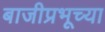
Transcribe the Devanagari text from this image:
बाजीप्रभूच्या